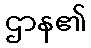
ဌာန၏